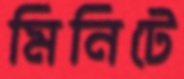
মিনিটে